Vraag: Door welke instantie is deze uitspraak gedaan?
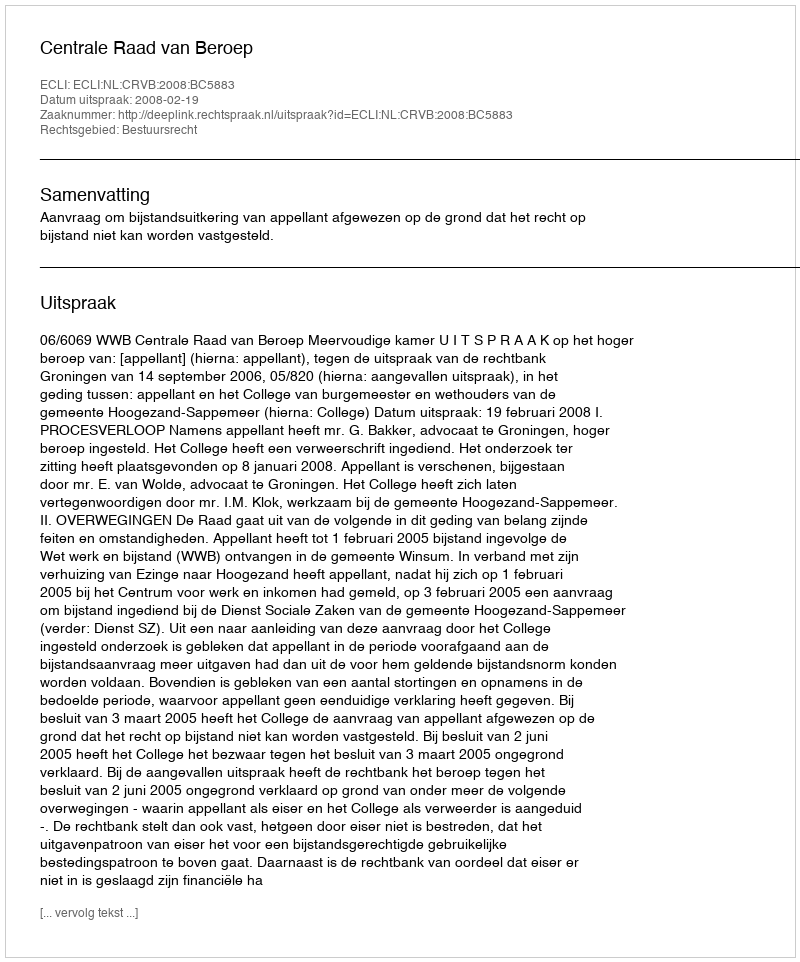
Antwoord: Centrale Raad van Beroep